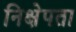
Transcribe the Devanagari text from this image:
निक्षेपता